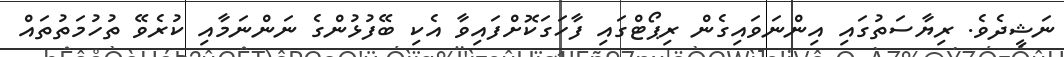
ނަޝީދެވެ. ރިޔާސަތުގައި އިންނަވައިގެން ރިޕޯޓްގައި ފާހަގަކޮށްފައިވާ އެކި ބޭފުޅުންގެ ނަންނަމާއި ކުރެވޭ ތުހުމަތުތައް